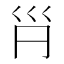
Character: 𡿩